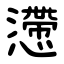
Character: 懘